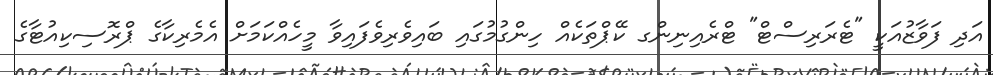
އަދި ފަވާޒުއަކީ "ޓެރަރިސްޓް" ޓްރެއިނިންގ ކޭޕްތަކެއް ހިންގުމުގައި ބައިވެރިވެފައިވާ މީހެއްކަމަށް އެމެރިކާގެ ޕްރޮސިކިއުޓާގެ